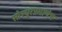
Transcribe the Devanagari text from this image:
सोस्यूरप्रमाणेच